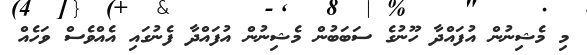
މި މެޝިނުން އުފައްދާ ހޫނުގެ ސަބަބުން މެޝިނުން އުފައްދާ ފެނުގައި އެއްވެސް ވަހެއް